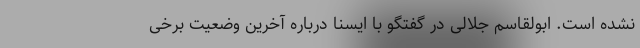
نشده است. ابولقاسم جلالی در گفتگو با ایسنا درباره آخرین وضعیت برخی